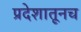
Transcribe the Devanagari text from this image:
प्रदेशातूनच